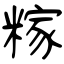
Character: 糘